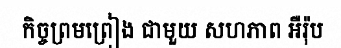
កិច្ចព្រមព្រៀង ជាមួយ សហភាព អឺរ៉ុប